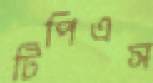
টিপিএস